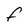
Character: F